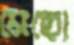
মেছো